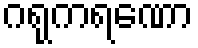
ဂရုကရဏော